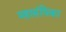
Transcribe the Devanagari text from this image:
महासंघिका